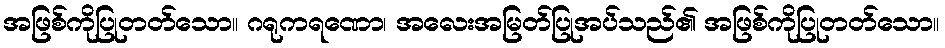
အဖြစ်ကိုပြုတတ်သော။ ဂရုကရဏော၊ အလေးအမြတ်ပြုအပ်သည်၏ အဖြစ်ကိုပြုတတ်သော။